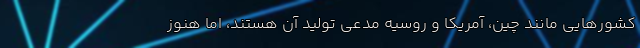
کشورهایی مانند چین، آمریکا و روسیه مدعی تولید آن هستند، اما هنوز